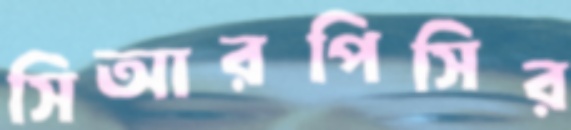
সিআরপিসির